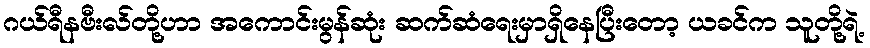
ဂယ်ရီနဗီးလ်တို့ဟာ အကောင်းမွန်ဆုံး ဆက်ဆံရေးမှာရှိနေပြီးတော့ ယခင်က သူတို့ရဲ့